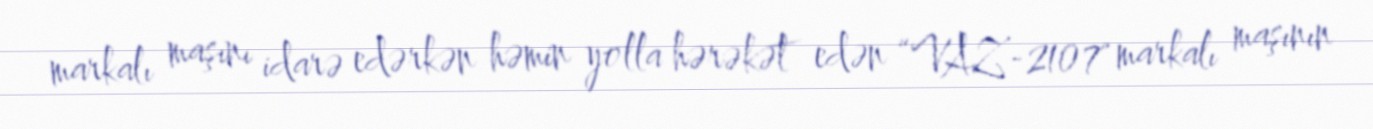
markalı maşını idarə edərkən həmin yolla hərəkət edən “VAZ-2107" markalı maşının